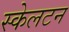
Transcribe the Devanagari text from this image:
स्केलटन